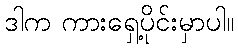
ဒါက ကားရှေ့ပိုင်းမှာပါ။